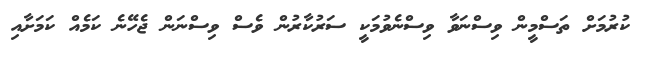
ކުރުމަށް ތަސްމީން ވިސްނަވާ ވިސްނެވުމަކީ ސަރުކާރުން ވެސް ވިސްނަން ޖެހޭނެ ކަމެއް ކަމަށާއި